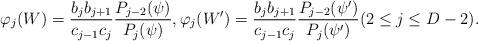
LaTeX: \begin{align*} \varphi_j(W) = \frac{b_j b_{j+1}}{c_{j-1}c_j} \frac{P_{j-2}(\psi)}{P_j(\psi)}, \varphi_j(W') = \frac{b_j b_{j+1}}{c_{j-1}c_j} \frac{P_{j-2}(\psi')}{P_j(\psi')} (2 \le j \le D-2).\end{align*}